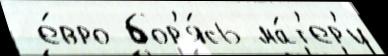
 е́вро бор'я́сь ма́т'ер'и